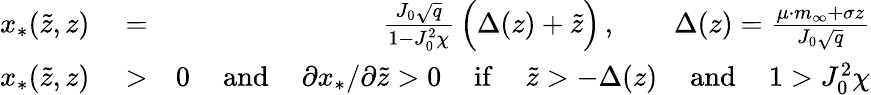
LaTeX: \begin{array}{rlr}{x_{*}(\tilde{z},z)}&{{}=}&{\frac{J_{0}\sqrt{q}}{1-J_{0}^{2}\chi}\, \Big(\Delta(z)+\tilde{z}\Big)\, ,\qquad\Delta(z)=\frac{\mu\cdot m_{\infty}+\sigma z}{J_{0}\sqrt{q}}}\\ {x_{*}(\tilde{z},z)}&{{}>}&{0\, \quad\mathrm{and}\, \quad\partial x_{*}/\partial\tilde{z}>0\, \quad\mathrm{if}\, \quad\tilde{z}>-\Delta(z)\, \quad\mathrm{and}\, \quad 1>J_{0}^{2}\chi}\end{array}